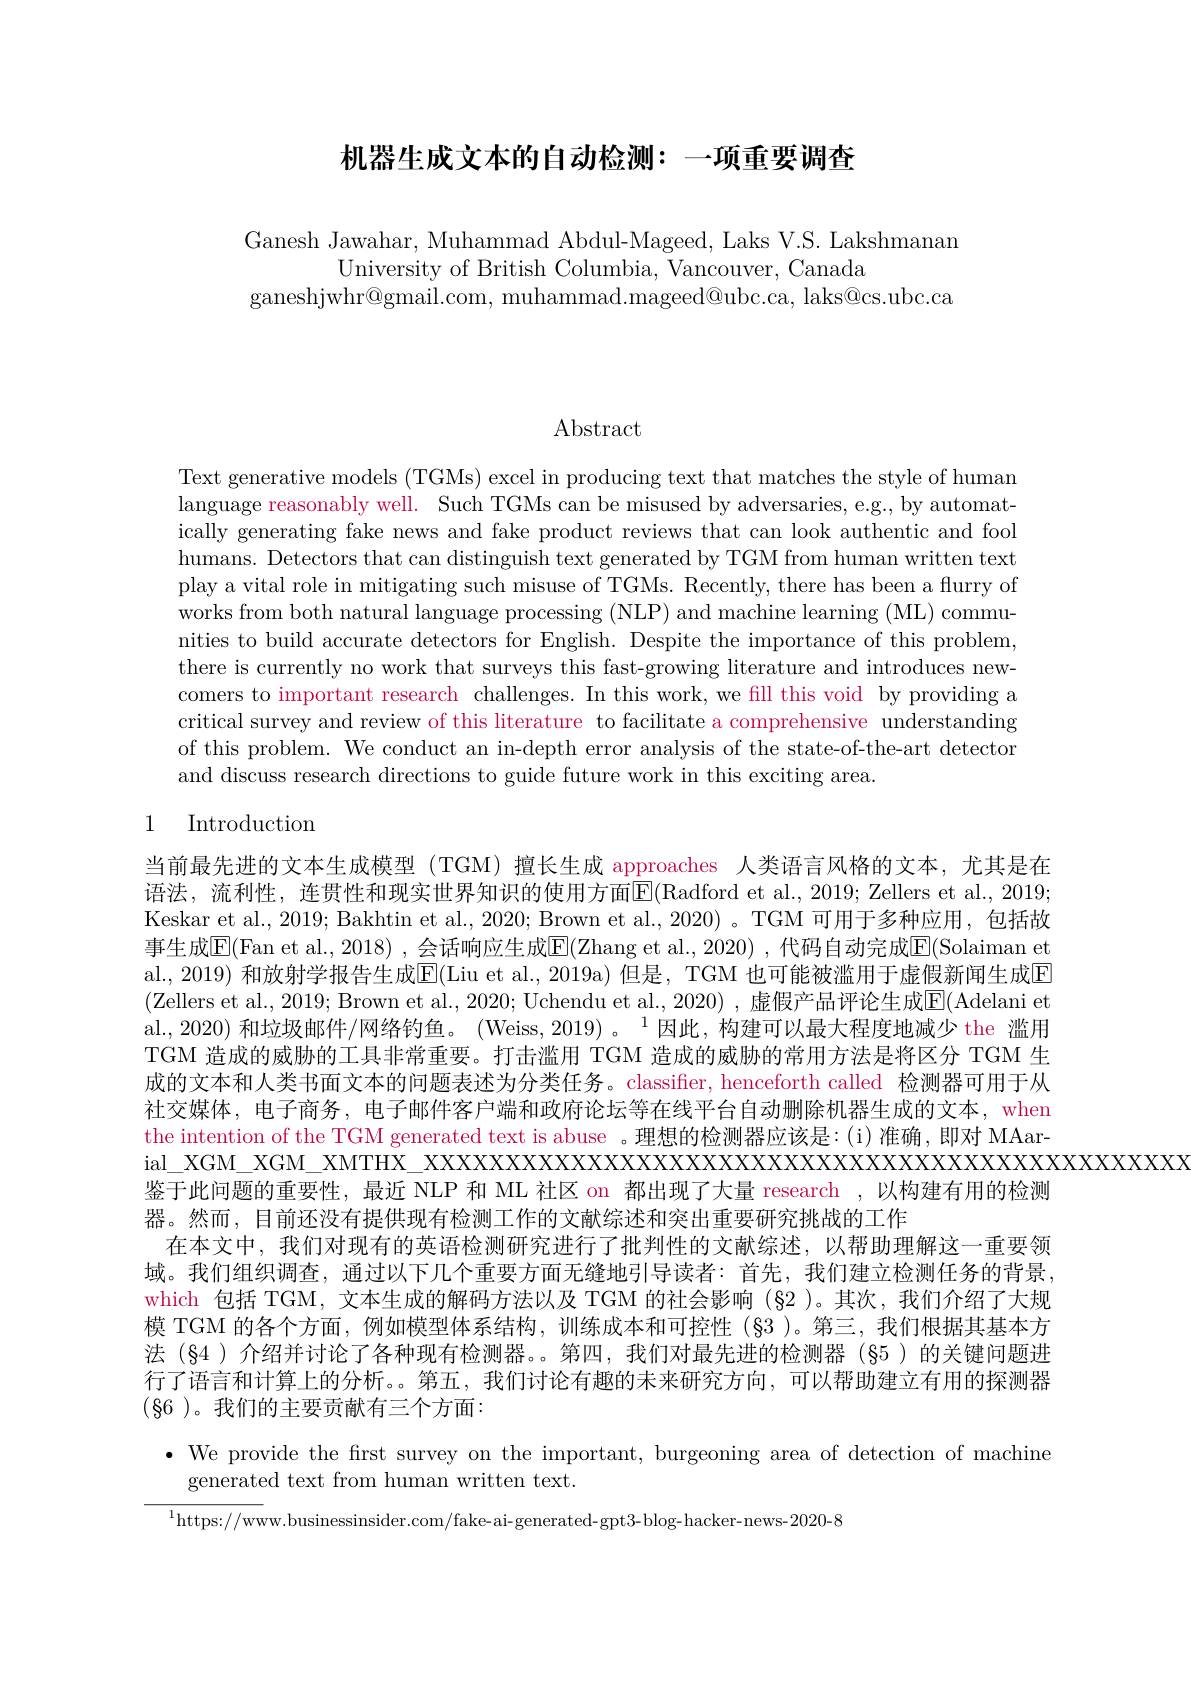
机器生成文本的自动检测：一项重要调查

Ganesh Jawahar, Muhammad Abdul-Mageed, Laks V.S. Lakshmanan
University of British Columbia, Vancouver, Canada
ganeshjwhr@gmail.com, muhammad.mageed@ubc.ca, laks@cs.ubc.ca

Abstract

Text generative models (TGMs) excel in producing text that matches the style of human language reasonably well. Such TGMs can be misused by adversaries, e.g., by automatically generating fake news and fake product reviews that can look authentic and fool humans. Detectors that can distinguish text generated by TGM from human written text play a vital role in mitigating such misuse of TGMs. Recently, there has been a flurry of works from both natural language processing (NLP) and machine learning (ML) communities to build accurate detectors for English. Despite the importance of this problem, there is currently no work that surveys this fast-growing literature and introduces newcomers to important research challenges. In this work, we fill this void by providing a critical survey and review of this literature to facilitate a comprehensive understanding of this problem. We conduct an in-depth error analysis of the state-of-the-art detector and discuss research directions to guide future work in this exciting area.

### 1 Introduction

当前最先进的文本生成模型 (TGM) 擅长生成 approaches 人类语言风格的文本，尤其是在语法，流利性，连贯性和现实世界知识的使用方面$\overline{\mathrm{E}}($Radford et al., 2019; Zellers et al., 2019; Keskar et al., 2019; Bakhtin et al., 2020; Brown et al., 2020) 。TGM 可用于多种应用，包括故事生成$\overline{\mathrm{E}}($Fan et al., 2018) , 会话响应生成$\overline\mathrm E(Zhang~et~al.,~2020)~,~$代码自动完成$\overline\mathrm E(Solaiman~et$ al., 2019) 和放射学报告生成$\overline{\mathrm{E}}($Liu et al., 2019a) 但是，TGM 也可能被滥用于虚假新闻生成$\overline{\mathrm{E}}$ (Zellers et al., 2019; Brown et al., 2020; Uchendu et al., 2020) , 虚假产品评论生成$\overline{\mathrm{E}}($Adelani et al., 2020) 和垃圾邮件/网络钓鱼。(Weiss, 2019) 。$^1$因此，构建可以最大程度地减少 the 滥用TGM 造成的威胁的工具非常重要。打击滥用 TGM 造成的威胁的常用方法是将区分 TGM 生成的文本和人类书面文本的问题表述为分类任务。classifier, henceforth called 检测器可用于从社交媒体，电子商务，电子邮件客户端和政府论坛等在线平台自动删除机器生成的文本，when the intention of the TGM generated text is abuse 。理想的检测器应该是：(i)准确，即对 MAar-
鉴于此问题的重要性，最近 NLP 和 ML 社区 on 都出现了大量 research ,以构建有用的检测
器。然而，目前还没有提供现有检测工作的文献综述和突出重要研究挑战的工作
在本文中，我们对现有的英语检测研究进行了批判性的文献综述，以帮助理解这一重要领域。我们组织调查，通过以下几个重要方面无缝地引导读者：首先，我们建立检测任务的背景， which 包括 TGM, 文本生成的解码方法以及 TGM 的社会影响$(\S2)$。其次，我们介绍了大规模 TGM 的各个方面，例如模型体系结构，训练成本和可控性 (§3 )。第三，我们根据其基本方法 (§4)介绍并讨论了各种现有检测器。第四，我们对最先进的检测器(§5)的关键问题进行了语言和计算上的分析。。第五，我们讨论有趣的未来研究方向，可以帮助建立有用的探测器$(\S6)。我们的主要贡献有三个方面：$

$\bullet$ We provide the first survey on the important, burgeoning area of detection of machine

generated text from human written text.

$^{1}$https://www.businessinsider.com/fake-ai-generated-gpt3-blog-hacker-news-2020-8